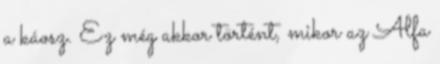
a káosz. Ez még akkor történt, mikor az Alfa